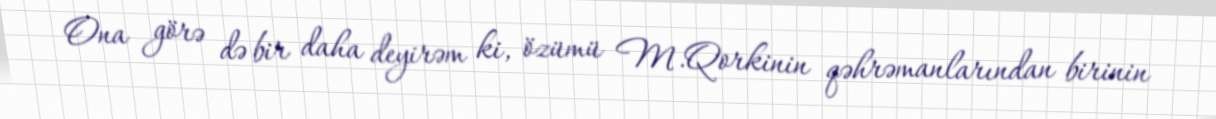
Ona görə də bir daha deyirəm ki, özümü M.Qorkinin qəhrəmanlarından birinin